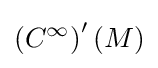
\left(C^{\infty }\right)^{\prime }(M)